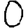
Digit: 0